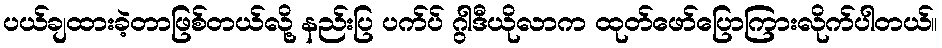
ပယ်ချထားခဲ့တာဖြစ်တယ်လို့ နည်းပြ ပက်ပ် ဂွါဒီယိုလာက ထုတ်ဖော်ပြောကြားလိုက်ပါတယ်။